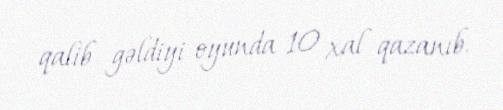
qalib gəldiyi oyunda 10 xal qazanıb.